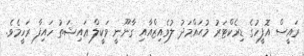
ރައީސް އޮފީހުގެ ޑިރެކްޓަރު މުޙައްމަދު ލުވެއިޒްއާއި ގާނޫނީ ވަކީލް ޢައިޝަތު ހައިފާ ރަހީމެވެ.